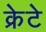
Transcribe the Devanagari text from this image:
क्रेटे